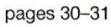
pages 30-31